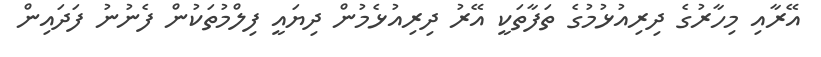
އޭރާއި މިހާރުގެ ދިރިއުޅުމުގެ ތަފާތަކީ އޭރު ދިރިއުޅެމުން ދިޔައީ ފިލްމުތަކުން ފެނުނު ފަދައިން